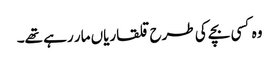
وہ کسی بچے کی طرح قلقاریاں مار رہے تھے۔